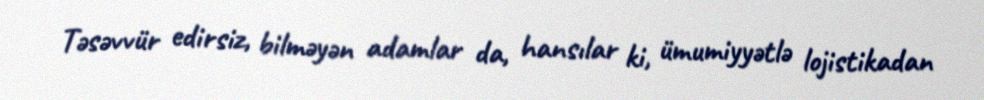
Təsəvvür edirsiz, bilməyən adamlar da, hansılar ki, ümumiyyətlə lojistikadan